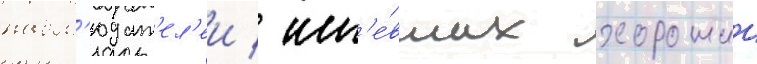
набл'юдат'ел'еи / им'е́вших хорошии